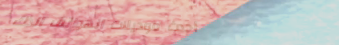
أحدث موديلات الهواتف الذك